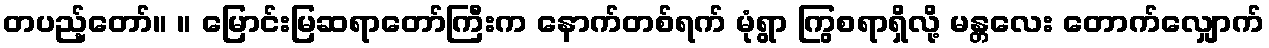
တပည့်တော်။ ။ မြောင်းမြဆရာတော်ကြီးက နောက်တစ်ရက် မုံရွာ ကြွစရာရှိလို့ မန္တလေး တောက်လျှောက်